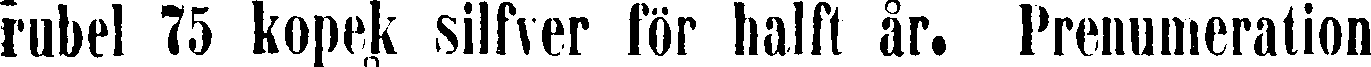
rubel 75 kopek silfver för halft år. Prenumeration